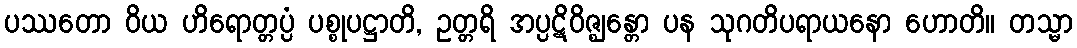
ပဿတော ဝိယ ဟိရောတ္တပ္ပံ ပစ္စုပဋ္ဌာတိ, ဥတ္တရိ အပ္ပဋိဝိဇ္ဈန္တော ပန သုဂတိပရာယနော ဟောတိ။ တသ္မာ